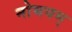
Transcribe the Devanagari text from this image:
नोभयम्